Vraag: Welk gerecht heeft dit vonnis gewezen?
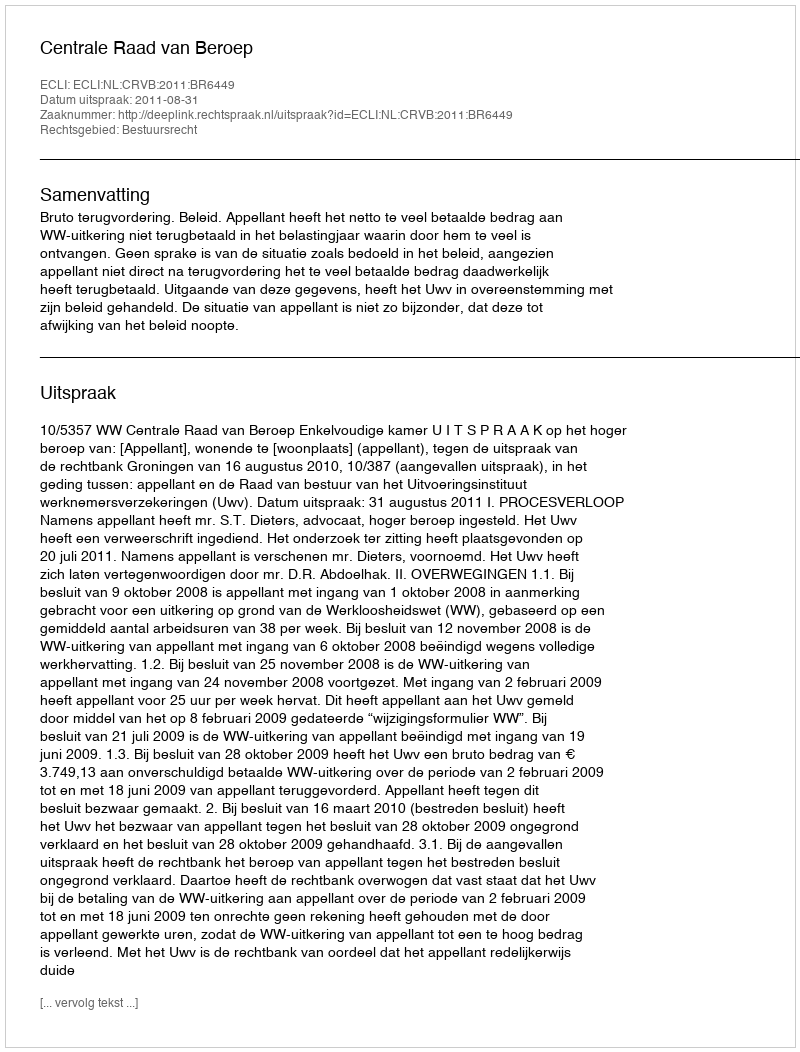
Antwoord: Centrale Raad van Beroep